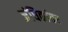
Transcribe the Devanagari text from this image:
जंघिकांतर